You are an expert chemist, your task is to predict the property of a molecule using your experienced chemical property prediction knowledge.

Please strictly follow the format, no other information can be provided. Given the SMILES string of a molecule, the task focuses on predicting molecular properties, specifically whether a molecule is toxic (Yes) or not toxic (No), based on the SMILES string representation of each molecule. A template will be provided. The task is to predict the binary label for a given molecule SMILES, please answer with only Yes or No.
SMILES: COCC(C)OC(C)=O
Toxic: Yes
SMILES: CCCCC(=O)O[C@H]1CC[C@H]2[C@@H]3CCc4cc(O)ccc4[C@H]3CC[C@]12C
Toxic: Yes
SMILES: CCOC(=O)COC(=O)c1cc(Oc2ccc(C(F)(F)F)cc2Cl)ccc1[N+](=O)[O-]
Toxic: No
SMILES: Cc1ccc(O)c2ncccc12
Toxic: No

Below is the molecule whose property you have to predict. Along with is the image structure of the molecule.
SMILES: CC[N+](C)(C)c1cccc(O)c1
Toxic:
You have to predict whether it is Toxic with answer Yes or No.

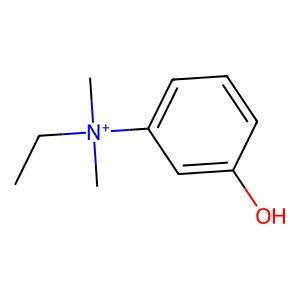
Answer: No